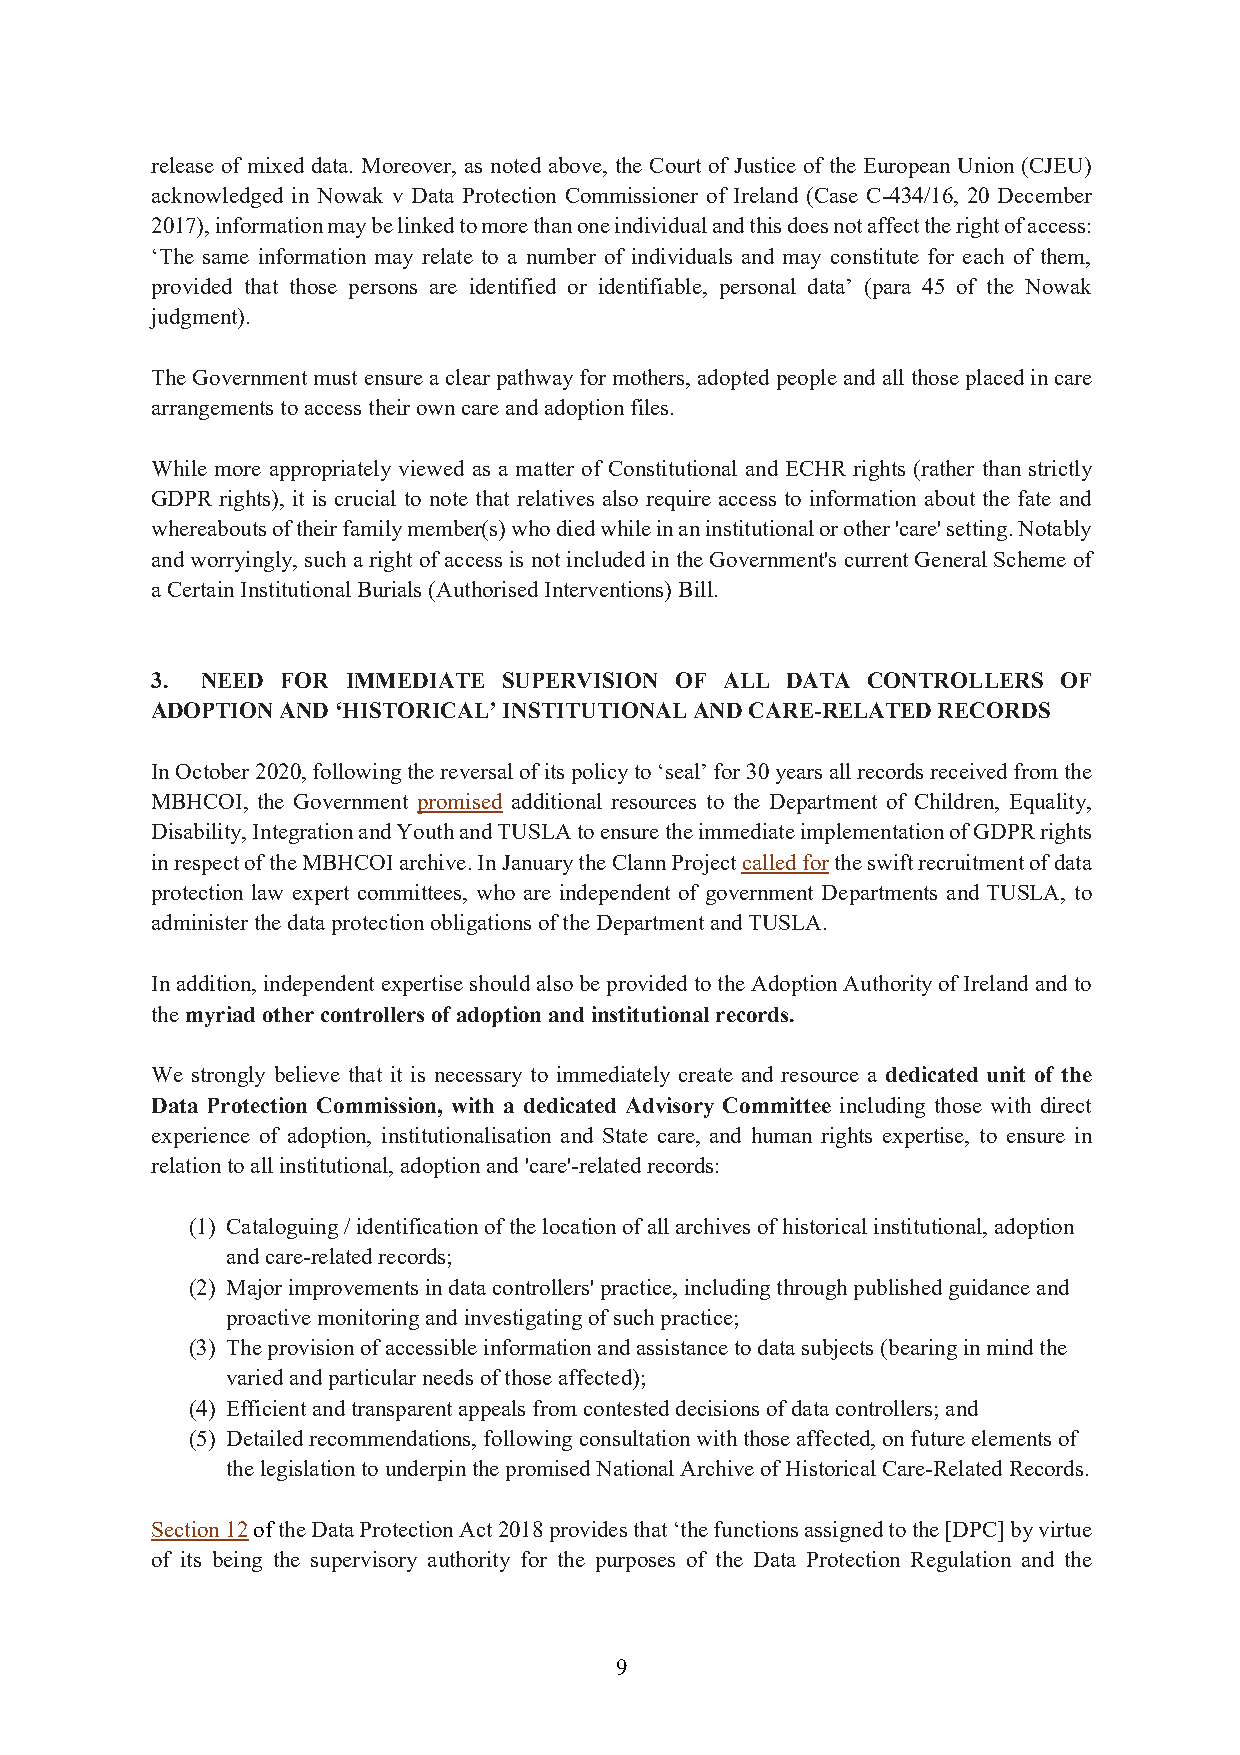
release of mixed data. Moreover, as noted above, the Court of Justice of the European Union (CJEU)
 acknowledged in Nowak v Data Protection Commissioner of Ireland (Case C-434/16, 20 December
 2017), information may be linked to more than one individual and this does not affect the right of access:
 ‘The same information may relate to a number of individuals and may constitute for each of them,
 provided that those persons are identified or identifiable, personal data’ (para 45 of the Nowak
 judgment).
 The Government must ensure a clear pathway for mothers, adopted people and all those placed in care
 arrangements to access their own care and adoption files.
 While more appropriately viewed as a matter of Constitutional and ECHR rights (rather than strictly
 GDPR rights), it is crucial to note that relatives also require access to information about the fate and
 whereabouts of their family member(s) who died while in an institutional or other 'care' setting. Notably
 and worryingly, such a right of access is not included in the Government's current General Scheme of
 a Certain Institutional Burials (Authorised Interventions) Bill.
 3. NEED  FOR IMMEDIATE SUPERVISION OF ALL DATA CONTROLLERS  OF
 ADOPTION AND ‘HISTORICAL’ INSTITUTIONAL AND CARE-RELATED RECORDS
 In October 2020, following the reversal of its policy to ‘seal’ for 30 years all records received from the
 MBHCOI, the Government promised additional resources to the Department of Children, Equality,
 Disability, Integration and Youth and TUSLA to ensure the immediate implementation of GDPR rights
 in respect of the MBHCOI archive. In January the Clann Project called for the swift recruitment of data
 protection law expert committees, who are independent of government Departments and TUSLA, to
 administer the data protection obligations of the Department and TUSLA.
 In addition, independent expertise should also be provided to the Adoption Authority of Ireland and to
 the myriad other controllers of adoption and institutional records.
 We strongly believe that it is necessary to immediately create and resource a dedicated unit of the
 Data Protection Commission, with a dedicated Advisory Committee including those with direct
 experience of adoption, institutionalisation and State care, and human rights expertise, to ensure in
 relation to all institutional, adoption and 'care'-related records:
 (1) Cataloguing / identification of the location of all archives of historical institutional, adoption
 and care-related records;
 (2) Major improvements in data controllers' practice, including through published guidance and
 proactive monitoring and investigating of such practice;
 (3) The provision of accessible information and assistance to data subjects (bearing in mind the
 varied and particular needs of those affected);
 (4) Efficient and transparent appeals from contested decisions of data controllers; and
 (5) Detailed recommendations, following consultation with those affected, on future elements of
 the legislation to underpin the promised National Archive of Historical Care-Related Records.
 Section 12 of the Data Protection Act 2018 provides that ‘the functions assigned to the [DPC] by virtue
 of its being the supervisory authority for the purposes of the Data Protection Regulation and the
 9